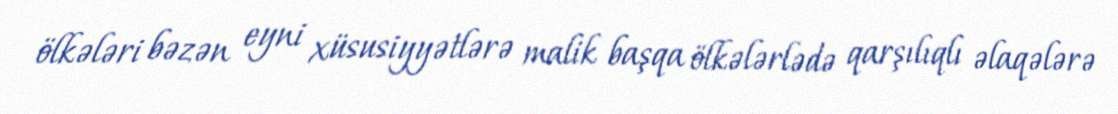
ölkələri bəzən eyni xüsusiyyətlərə malik başqa ölkələrlədə qarşılıqlı əlaqələrə